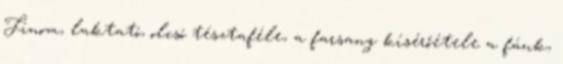
Finom, laktató, olcsó tésztaféle, a farsang kísérőétele a fánk,